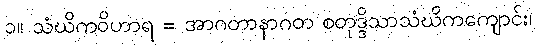
၁။ သံဃိကဝိဟာရ = အာဂတာနာဂတ စတုဒ္ဒိသာသံဃိကကျောင်း၊